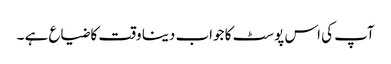
آپ کی اس پوسٹ کا جواب دینا وقت کا ضیاع ہے ۔